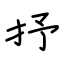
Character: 抒